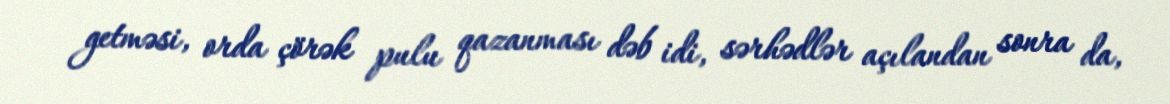
getməsi, orda çörək pulu qazanması dəb idi, sərhədlər açılandan sonra da,